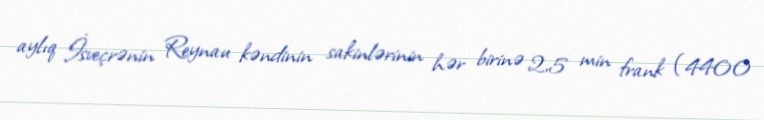
aylıq İsveçrənin Reynau kəndinin sakinlərinin hər birinə 2,5 min frank (4400